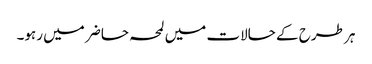
ہر طرح کے حالات میں لمحہ حاضر میں رہو۔